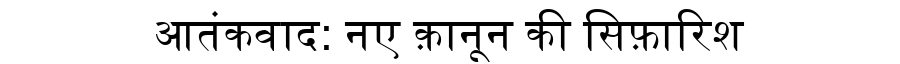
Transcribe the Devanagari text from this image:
आतंकवाद: नए क़ानून की सिफ़ारिश